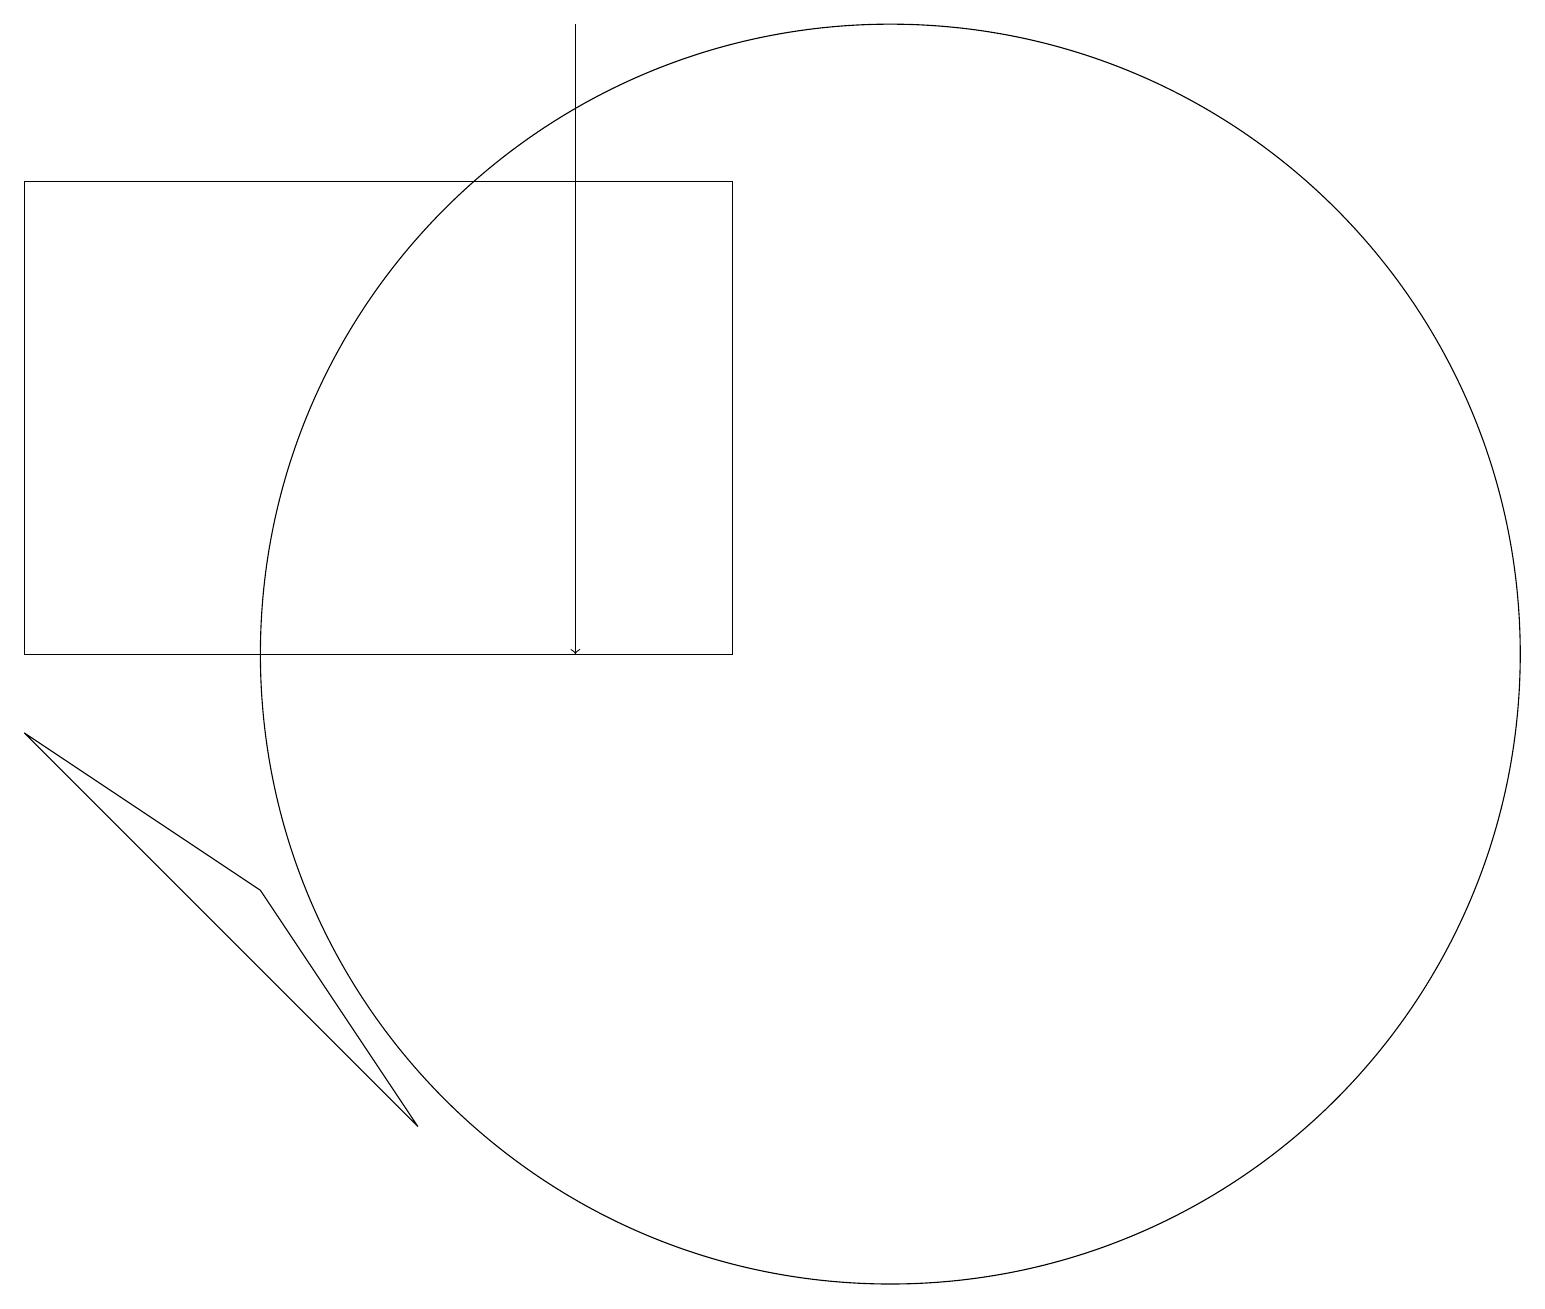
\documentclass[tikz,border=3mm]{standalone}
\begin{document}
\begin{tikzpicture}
\draw (11,10) circle (8);
\draw (3,7) -- (0,9) -- (5,4) -- cycle;
\draw[->] (7,15) -- (7,10);
\draw (7,18) rectangle (7,14);
\draw (9,16) rectangle (0,10);
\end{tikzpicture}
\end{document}